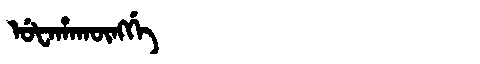
Manchu: ᡠᡶᠠᡥᠠᡴᡡᠩᡤᡝ
Romanization: UFAHAKŪNGGE